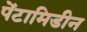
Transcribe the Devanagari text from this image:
पेंटामिडीन